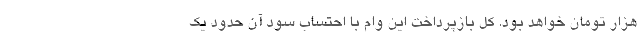
هزار تومان خواهد بود. کل بازپرداخت این وام با احتساب سود آن حدود یک